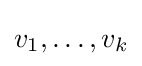
v_{1},\dots ,v_{k}